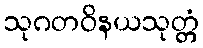
သုဂတဝိနယသုတ္တံ